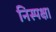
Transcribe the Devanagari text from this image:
निस्पक्ष।